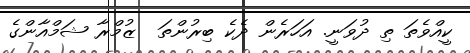
ކީއްވެތަ ތި ދުވަނީ. އަހަރެން ދެކެ ބިރުންތަ  ޒުމްރާ ޝަމްއާންގެ